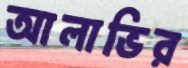
আলাভির